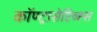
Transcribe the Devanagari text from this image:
कॉण्ट्रासेप्टिव्ह्स